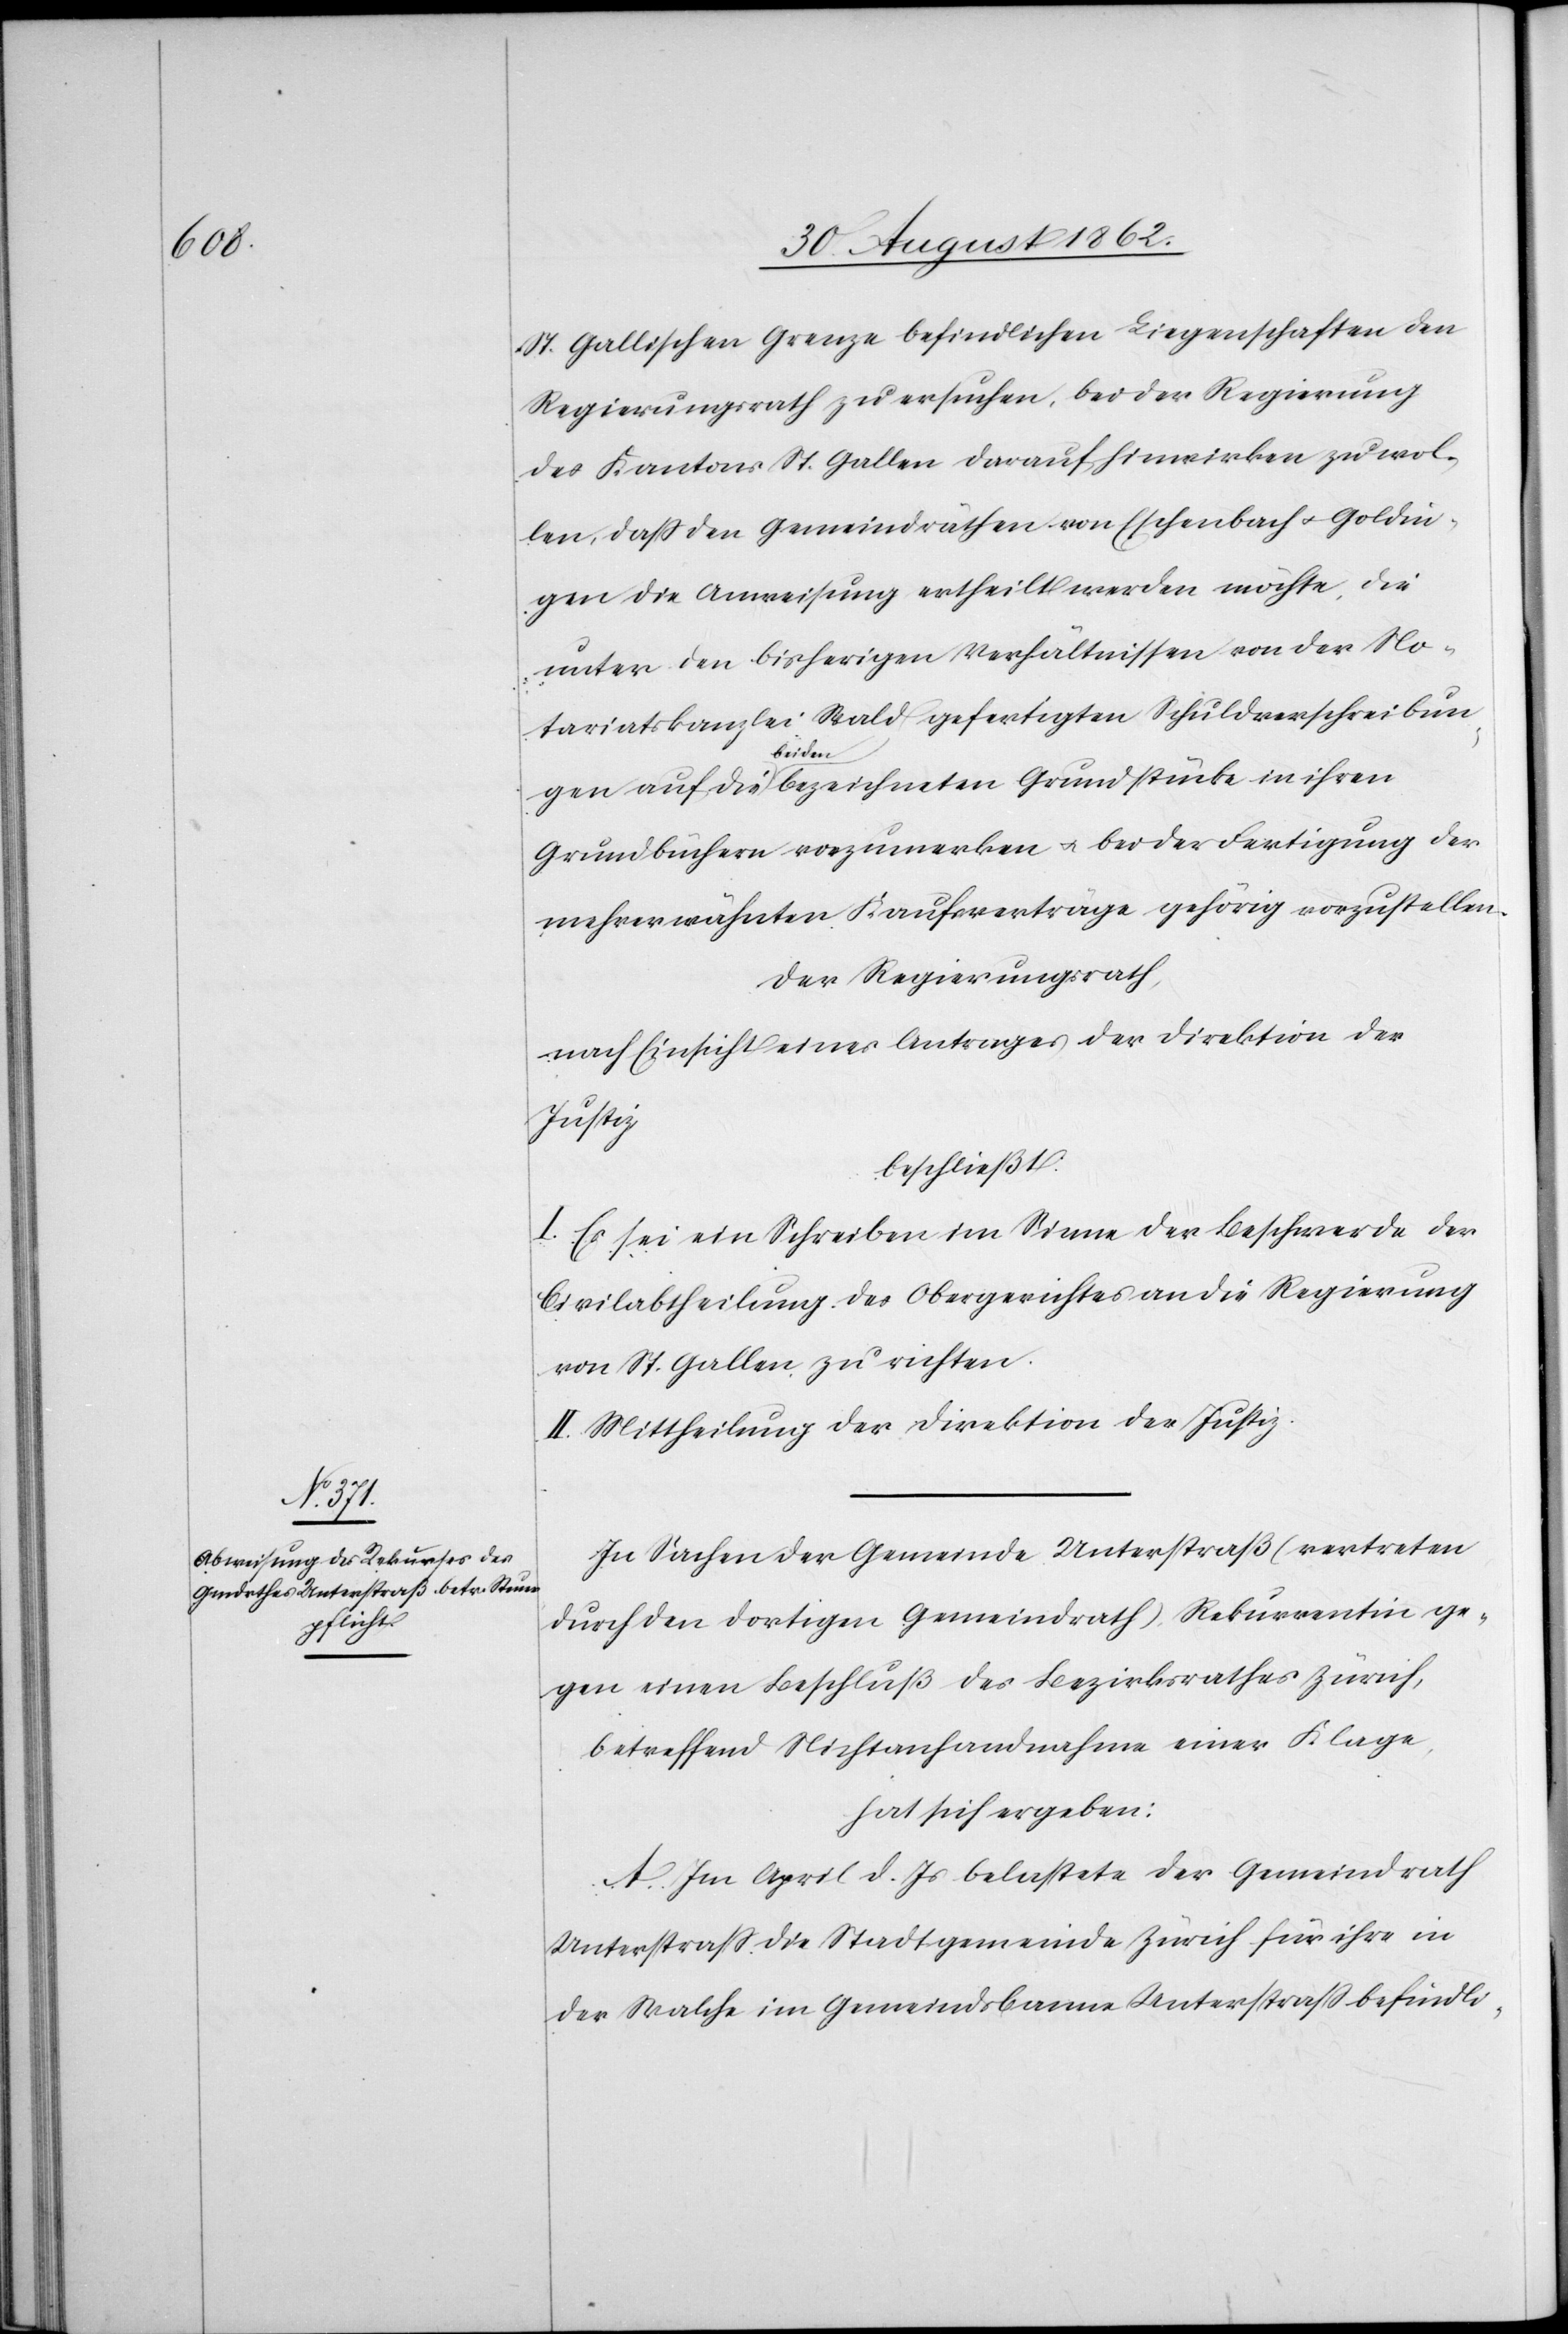
St. Gallischen Grenze befindlichen Liegenschaften den
Regierungsrath zu ersuchen, bei der Regierung
des Kantons St. Gallen darauf hinwirken zu wol¬
len, daß den Gemeindräthen von Eschenbach u. Goldin¬
gen die Anweisung ertheilt werden möchte, die
unter den bisherigen Verhältnissen von der No¬
tariatskanzlei Wald gefertigten Schuldverschreibun¬
gen auf die beiden bezeichneten Grundstücke in ihren
Grundbüchern vorzumerken u. bei der Fertigung der
mehrerwähnten Kaufsverträge gehörig vorzustellen.
Der Regierungsrath,
nach Einsicht eines Antrages der Direktion der
Justiz,
beschließt:
I. Es sei ein Schreiben im Sinne der Beschwerde der
Civilabtheilung des Obergerichtes an die Regierung
von St. Gallen zu richten.
II. Mittheilung der Direktion der Justiz.
In Sachen der Gemeinde Unterstraß (vertreten
durch den dortigen Gemeindrath), Rekurrentin ge¬
gen einen Beschluß des Bezirksrathes Zürich,
betreffend Nichtanhandnahme einer Klage,
hat ich ergeben:
A. Im April d. Js. belastete der Gemeindrath
Unterstgraß die Stadtgemeinde Zürich für ihre in
der Walche im Gemeindsbanne Unterstraß befindli-